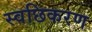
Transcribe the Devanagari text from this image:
स्वछिकरण